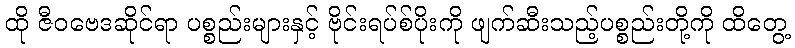
ထို ဇီဝဗေဒဆိုင်ရာ ပစ္စည်းများနှင့် ဗိုင်းရပ်စ်ပိုးကို ဖျက်ဆီးသည့်ပစ္စည်းတို့ကို ထိတွေ့